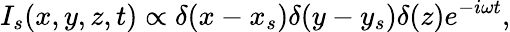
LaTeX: I_{s}(x,y,z,t)\propto\delta(x-x_{s})\delta(y-y_{s})\delta(z)e^{-i\omega t},